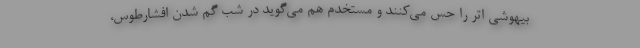
بیهوشی اتر را حس می‌کنند و مستخدم هم می‌گوید در شب گم شدن افشارطوس،